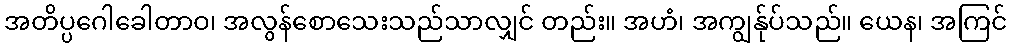
အတိပ္ပဂေါခေါတာဝ၊ အလွန်စောသေးသည်သာလျှင် တည်း။ အဟံ၊ အကျွန်ုပ်သည်။ ယေန၊ အကြင်